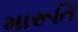
મારૂતિ